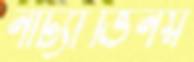
নাট্যাভিনয়